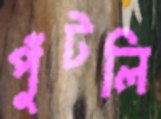
পুঁটলি